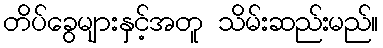
တိပ်ခွေများနှင့်အတူ သိမ်းဆည်းမည်။